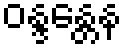
ဝန္ဒန္တေန